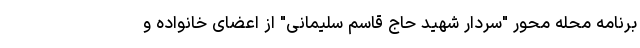
برنامه محله محور "سردار شهید حاج قاسم سلیمانی" از اعضای خانواده و